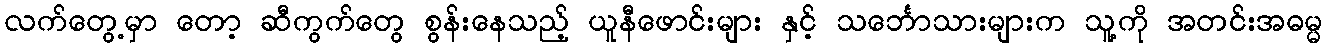
လက်တွေ့မှာ တော့ ဆီကွက်တွေ စွန်းနေသည့် ယူနီဖောင်းများ နှင့် သင်္ဘောသားများက သူ့ကို အတင်းအဓမ္မ